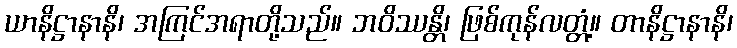
ယာနိဋ္ဌာနာနိ၊ အကြင်အရာတို့သည်။ ဘဝိဿန္တိ၊ ဖြစ်ကုန်လတ္တံ့။ တာနိဋ္ဌာနာနိ၊